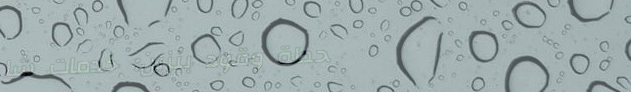
محطة وقود بنزين: خدمات شا